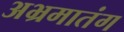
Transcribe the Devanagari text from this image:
अभ्रमातंग